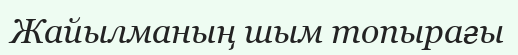
Жайылманың шым топырағы